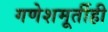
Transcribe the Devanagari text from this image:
गणेशमूर्तीही